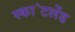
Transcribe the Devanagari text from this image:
स्का॓टलेंड